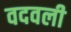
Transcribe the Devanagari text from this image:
वदवली